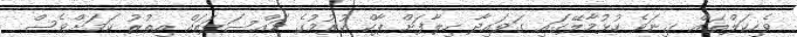
ވެހިކަލްތައް ގިނަވެ ހުޅުމާލޭގައި ގަވައިދާ ހިލާފަށް ޕާކް ކުރުމުގެ މައްސަލަތައް އިތުރު ކަމަށްވެސް